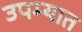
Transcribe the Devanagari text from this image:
उपम्यात